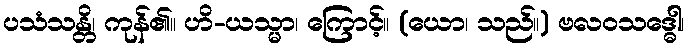
ပသံသန္တိ၊ ကုန်၏။ ဟိ-ယသ္မာ၊ ကြောင့်။ (ယော၊ သည်။) ဗလဝသဒ္ဓေါ၊